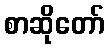
စာဆိုတော်